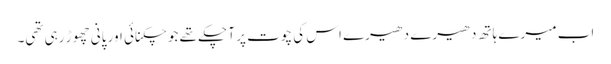
اب میرے ہاتھ دھیرے دھیرے اس کی چوت پر آ چکے تھے جو چکنائی اور پانی چھوڑ رہی تھی۔